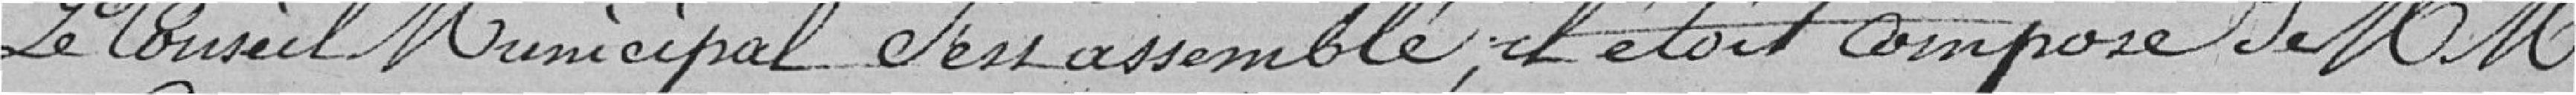
Le Conseil Municipal s'est assemblé. Il était composé de messieurs